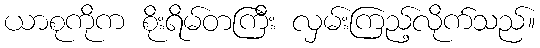
ယာစုကိုက စိုးရိမ်တကြီး လှမ်းကြည့်လိုက်သည်။